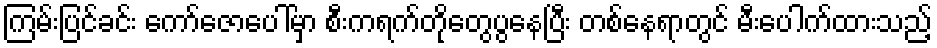
ကြမ်းပြင်ခင်း ကော်ဇောပေါ်မှာ စီးကရက်တိုတွေပွနေပြီး တစ်နေရာတွင် မီးပေါက်ထားသည့်